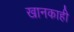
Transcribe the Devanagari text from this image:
खानकाही